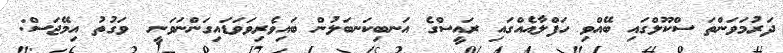
ދަރުމަވަންތަ ސްކޫލްގައި ބޭއްވި ހަފްލާއެއްގައި ރައީސްގެ އަނބިކަނބަލުން ބައިވެރިވަވަޑައިގަންނަވަނީ  ވަގުތު އިމޭޖަސް: